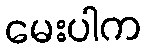
မေးပါက